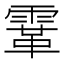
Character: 䨣